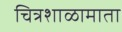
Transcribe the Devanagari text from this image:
चित्रशाळामाता